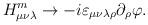
LaTeX: \begin{align*}H_{\mu\nu\lambda}^m\to-i\varepsilon_{\mu\nu\lambda\rho}\partial_\rho\varphi.\end{align*}